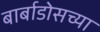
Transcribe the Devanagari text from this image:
बार्बाडोसच्या